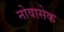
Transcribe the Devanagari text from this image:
नोवासेक